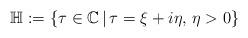
LaTeX: \begin{align*}\mathbb{H}:=\{\tau\in\mathbb{C}\,\vert\,\tau=\xi+i\eta,\,\eta>0\}\end{align*}